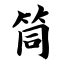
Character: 筒